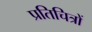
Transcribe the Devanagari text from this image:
प्रतिचित्रों